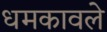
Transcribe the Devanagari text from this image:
धमकावले